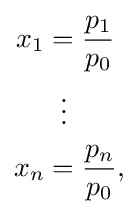
{\begin{aligned}x_{1}&={\frac {p_{1}}{p_{0}}}\\&\;\;\vdots \\x_{n}&={\frac {p_{n}}{p_{0}}},\end{aligned}}